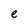
Character: e